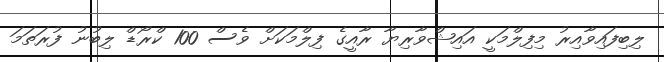
ލިބިފައިވާއިރު މިފިލްމަކީ އައިޝްވާރިޔާ ރާއީގެ ފިލްމަކަށް ވެސް 100 ކްރޯޑް ލިބުނު ފުރަތަމަ